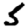
Digit: 5